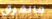
مالفرق